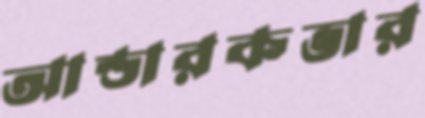
আন্ডারকভার